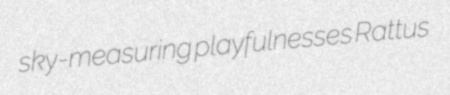
sky-measuring playfulnesses Rattus